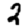
Digit: 2